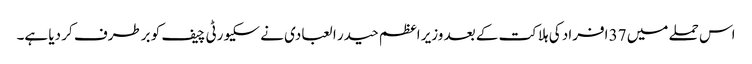
اس حملے میں 37 افراد کی ہلاکت کے بعد وزیر اعظم حیدر ا لعبادی نے سکیورٹی چیف کو برطرف کر دیا ہے۔